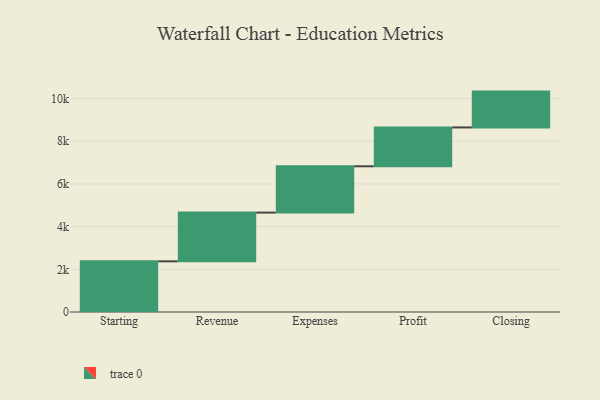
{"axis": {"x": "Step", "y": "Value"}, "legend": [""], "data": [{"x": "Starting", "y": 2374.0, "type": ""}, {"x": "Revenue", "y": 2284.0, "type": ""}, {"x": "Expenses", "y": 2170.0, "type": ""}, {"x": "Profit", "y": 1820.0, "type": ""}, {"x": "Closing", "y": 1679.0, "type": ""}]}